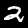
Label: 2